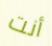
أنت